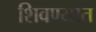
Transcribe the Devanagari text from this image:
शिवण्यात